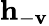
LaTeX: \mathbf{h}_{-\mathbf{v}}